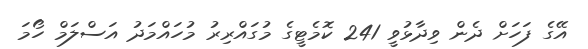
އޭގެ ފަހަށް ދެން ވިދާޅުވީ 241 ކޮމެޓީގެ މުގައްރިރު މުހައްމަދު އަސްލަމް ހޯމަ